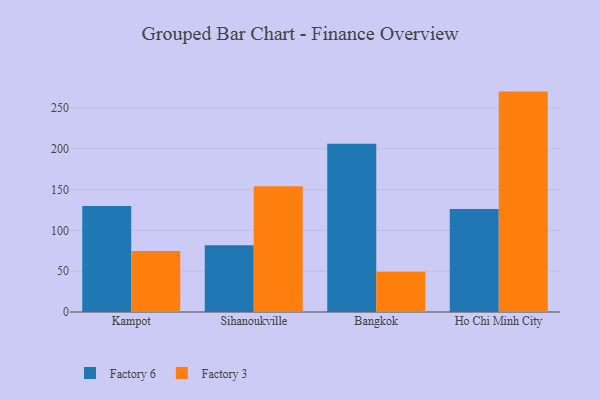
{"axis": {"x": "City", "y": "Headcount"}, "legend": ["Factory 3", "Factory 6"], "data": [{"x": "Kampot", "y": 129.8, "type": "Factory 6"}, {"x": "Kampot", "y": 74.6, "type": "Factory 3"}, {"x": "Sihanoukville", "y": 81.7, "type": "Factory 6"}, {"x": "Sihanoukville", "y": 154.0, "type": "Factory 3"}, {"x": "Bangkok", "y": 205.9, "type": "Factory 6"}, {"x": "Bangkok", "y": 49.3, "type": "Factory 3"}, {"x": "Ho Chi Minh City", "y": 126.1, "type": "Factory 6"}, {"x": "Ho Chi Minh City", "y": 269.9, "type": "Factory 3"}]}